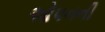
ઓપનની